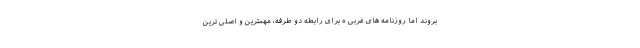
بروند اما روزنامه های غربی ه برای رابطه دو طرفه، مهمترین و اصلی ترین